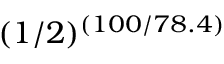
( 1 / 2 ) ^ { ( 1 0 0 / 7 8 . 4 ) }